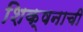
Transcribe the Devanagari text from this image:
शिक्षनाची